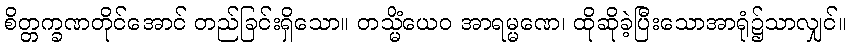
စိတ္တက္ခဏတိုင်အောင် တည်ခြင်းရှိသော။ တသ္မိံယေဝ အာရမ္မဏေ၊ ထိုဆိုခဲ့ပြီးသောအာရုံ၌သာလျှင်။